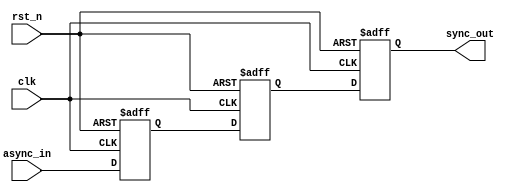
module meta_stability_filter (
    input wire clk,           // Clock signal
    input wire rst_n,        // Active-low reset signal
    input wire async_in,     // Asynchronous input signal
    output reg sync_out      // Synchronized output signal
);

    // Internal signals for the two flip-flops
    reg ff1, ff2; // Flip-Flop 1 (FF1) and Flip-Flop 2 (FF2)

    // Two-stage synchronization process
    always @(posedge clk or negedge rst_n) begin
        if (!rst_n) begin
            ff1 <= 1'b0;   // Initialize FF1 to 0 on reset
            ff2 <= 1'b0;   // Initialize FF2 to 0 on reset
            sync_out <= 1'b0; // Initialize output to 0 on reset
        end else begin
            ff1 <= async_in; // Sample async input on FF1
            ff2 <= ff1;      // Sample FF1 output on FF2
            sync_out <= ff2; // Output is the FF2 output
        end
    end

endmodule